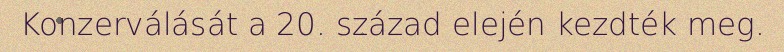
Konzerválását a 20. század elején kezdték meg.